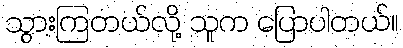
သွားကြတယ်လို့ သူက ပြောပါတယ်။